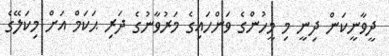
ދީވާނީކަން ދިނީ މި މީހުންގެ ވަންހައިގެ މަރުވާނުގެ ދަރި ޙަކަމް އަށް މިކަލޭގެ